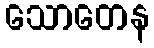
သောတေန